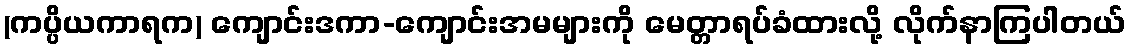
(ကပ္ပိယကာရက) ကျောင်းဒကာ-ကျောင်းအမများကို မေတ္တာရပ်ခံထားလို့ လိုက်နာကြပါတယ်